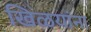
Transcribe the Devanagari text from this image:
खिळयांना